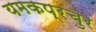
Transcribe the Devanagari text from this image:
यमकप्रचुर